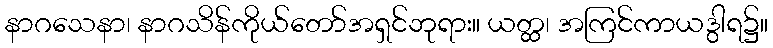
နာဂသေနာ၊ နာဂသိန်ကိုယ်တော်အရှင်ဘုရား။ ယတ္ထ၊ အကြင်ကာယဒွါရ၌။